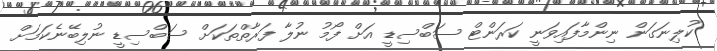
ކުލިނަގަން ނިންމާފައިވަނީ ކަރަންޓް ސަބްސިޑީ އަށް ފޯމު ނުލާ ފަރާތްތަކަށް ސަބްސިޑީ ނުލިބޭނެކަމަށް